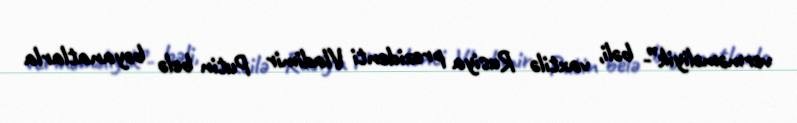
verməməliyik”- bəli, vaxtilə Rusiya prezidenti Vladimir Putin belə bəyanatlarla